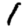
Digit: 1